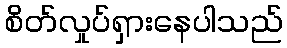
စိတ်လှုပ်ရှားနေပါသည်